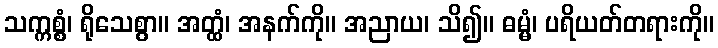
သက္ကစ္စံ၊ ရိုသေစွာ။ အတ္ထံ၊ အနက်ကို။ အညာယ၊ သိ၍။ ဓမ္မံ၊ ပရိယတ်တရားကို။